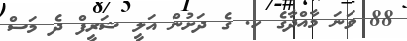
88 ވަނަ މާއްދާގެ ހ. ގެ ދަށުން އަލީ ޝަރީފް ދެ މަސް